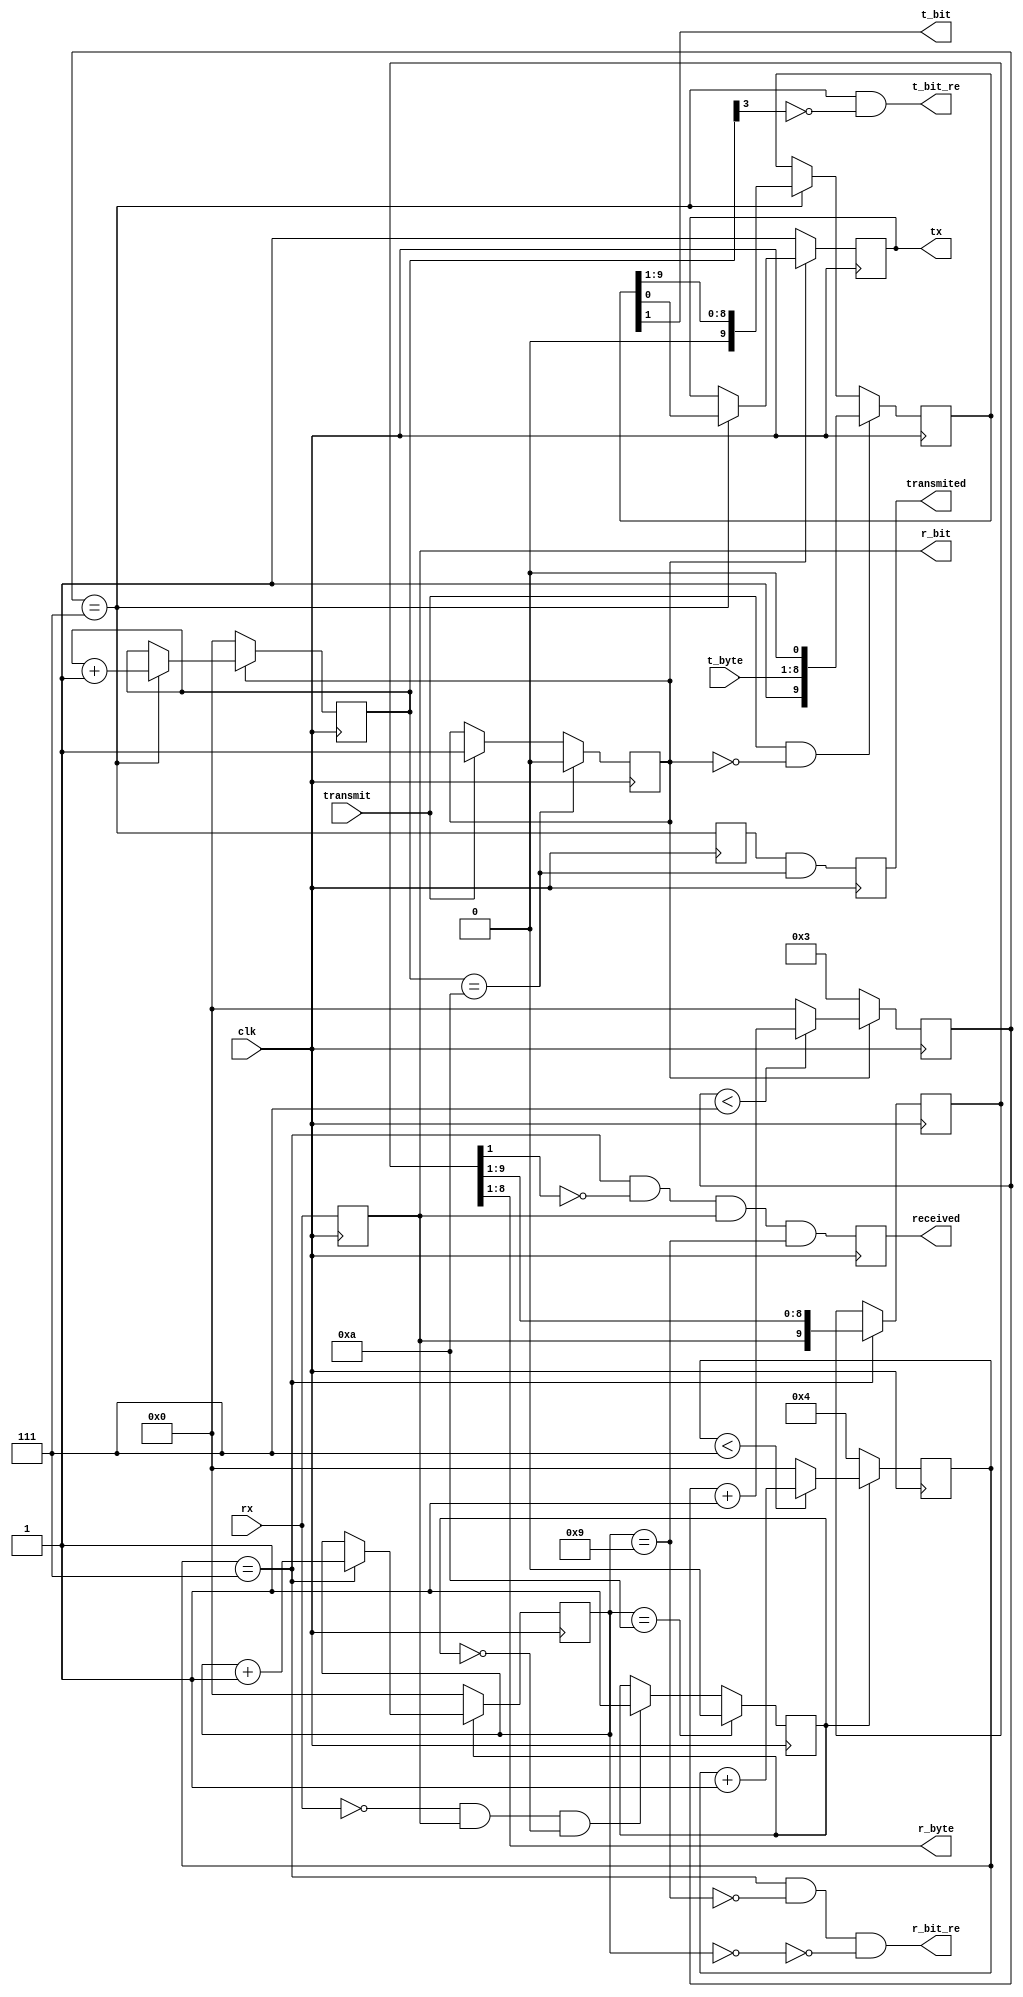
`timescale 1ns / 1ps
//////////////////////////////////////////////////////////////////////////////////
// Company: 
// Engineer: 
// 
// Design Name: 
// Module Name:    UART 
// Project Name: 
// Target Devices: 
// Tool versions: 
// Description: 
//
// Dependencies: 
//
// Revision: 
// Revision 0.01 - File Created
// Additional Comments: 
//
//////////////////////////////////////////////////////////////////////////////////
module UART(
   input clk,
	
	// UART receiver
	input rx, // rx pin
	output [7:0] r_byte,
	output reg received = 0,
	
	// UART transmitter
	output reg tx = 1, // tx pin
	input [7:0] t_byte,
	input transmit,
	output reg transmited = 0,
	
	output r_bit, // rx bit output for CRC calc
	output r_bit_re,
	
	output t_bit, // tx bit output for CRC calc
	output t_bit_re
   );

	parameter BCYC = 8; // cycles per bit
	parameter BCYC2 = 4; // bit for cycles counter

	reg [(BCYC2 - 1):0] cnt_r = 0; // cycles counter
	reg [3:0] bit_cnt_r = 0; // bit counter
	
	reg busy_r = 0; // byte reception sequence
	reg rx_t = 0; // delayed rx
	reg [9:0] r_buf = 0; // input buffer
	
	wire start; // byte reception sequence start
	wire bit_r_time; // bit read moment
	
	assign start = !rx & rx_t & !busy_r;
	assign bit_r_time = (cnt_r == (BCYC - 1));
	assign r_byte = r_buf[8:1];
	
	assign r_bit = rx_t;
	assign r_bit_re = bit_r_time & ~(bit_cnt_r == 9) & ~(bit_cnt_r == 0);
	
	// receiver
	always @ (posedge clk) begin
		rx_t <= rx;
		busy_r <= (bit_cnt_r == 10) ? 0 : start ? 1 : busy_r;
		
		cnt_r <= busy_r ? (cnt_r < (BCYC - 1)) ? cnt_r + 1 : 0 : (BCYC / 2);
		bit_cnt_r <= busy_r ? bit_r_time ? bit_cnt_r + 1 : bit_cnt_r : 0;
		
		r_buf <= bit_r_time ? {rx_t, r_buf[9:1]} : r_buf;
		received <= (bit_r_time & (r_buf[1] == 0) & (rx_t == 1)) & (bit_cnt_r == 9);
	end
	
	///////////////////////////////////////////////////////////
	
	reg [(BCYC2 - 1):0] cnt_t = 0; // cycles counter
	reg [3:0] bit_cnt_t = 0; // bit counter
	
	reg busy_t = 0; // byte transmission sequence
	reg [9:0] t_buf = 0; // output buffer
	reg bit_w_time_t = 0;  // bit write moment delayed
	
	wire bit_w_time; // bit write moment
	
	assign bit_w_time = (cnt_t == (BCYC - 1));
	
	assign t_bit = t_buf[1];
	assign t_bit_re = bit_w_time & ~bit_cnt_t[3];
	
	// transmitter
	always @ (posedge clk) begin
		t_buf <= (transmit & !busy_t) ? {1'b1, t_byte, 1'b0} : bit_w_time ? (t_buf >> 1) : t_buf;
		busy_t <= (bit_cnt_t == 10) ? 0 : transmit ? 1 : busy_t;
		
		cnt_t <= busy_t ? (cnt_t < (BCYC - 1)) ? cnt_t + 1 : 0 : 3;
		bit_cnt_t <= busy_t ? bit_w_time ? bit_cnt_t + 1 : bit_cnt_t : 0;
		bit_w_time_t <= bit_w_time;
		
		tx <= busy_t ? bit_w_time ? t_buf[0] : tx : 1;
		transmited <= bit_w_time_t & (bit_cnt_t == 10);
	end

endmodule